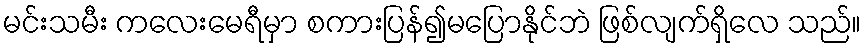
မင်းသမီး ကလေးမေရီမှာ စကားပြန်၍မပြောနိုင်ဘဲ ဖြစ်လျက်ရှိလေ သည်။